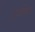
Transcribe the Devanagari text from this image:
उदीप्त